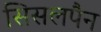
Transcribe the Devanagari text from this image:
सिसलपैन